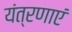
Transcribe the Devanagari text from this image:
यंत्रणाएं